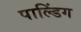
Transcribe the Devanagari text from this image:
पाल्डिंग